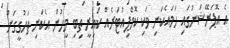
އެ އޮޕަރޭޝަނުގައި ހަމައެކަނި ވަކި ކޮމްޕިއުޓަރެއް ކައިރީ ތިބި މީހުން އެކަނި ތަހުގީގަށް